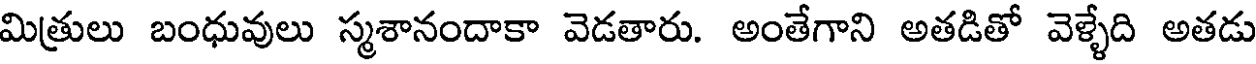
మిత్రులు బంధువులు స్మశానందాకా వెడతారు. అంతేగాని అతడితో వెళ్ళేది అతడు